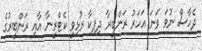
ދެހާސް ނުވަ ވަނަ އަހަރު ރަންބީރާ ދިޕިކާ ރުޅިވީ ކެޓްރީނާ އާއި ރަންބީރުގެ